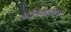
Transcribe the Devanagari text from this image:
गतिवर्द्धक